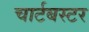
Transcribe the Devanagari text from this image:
चार्टबस्टर